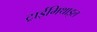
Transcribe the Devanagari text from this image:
ट्राईमिथाइल